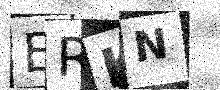
Text: ERKN